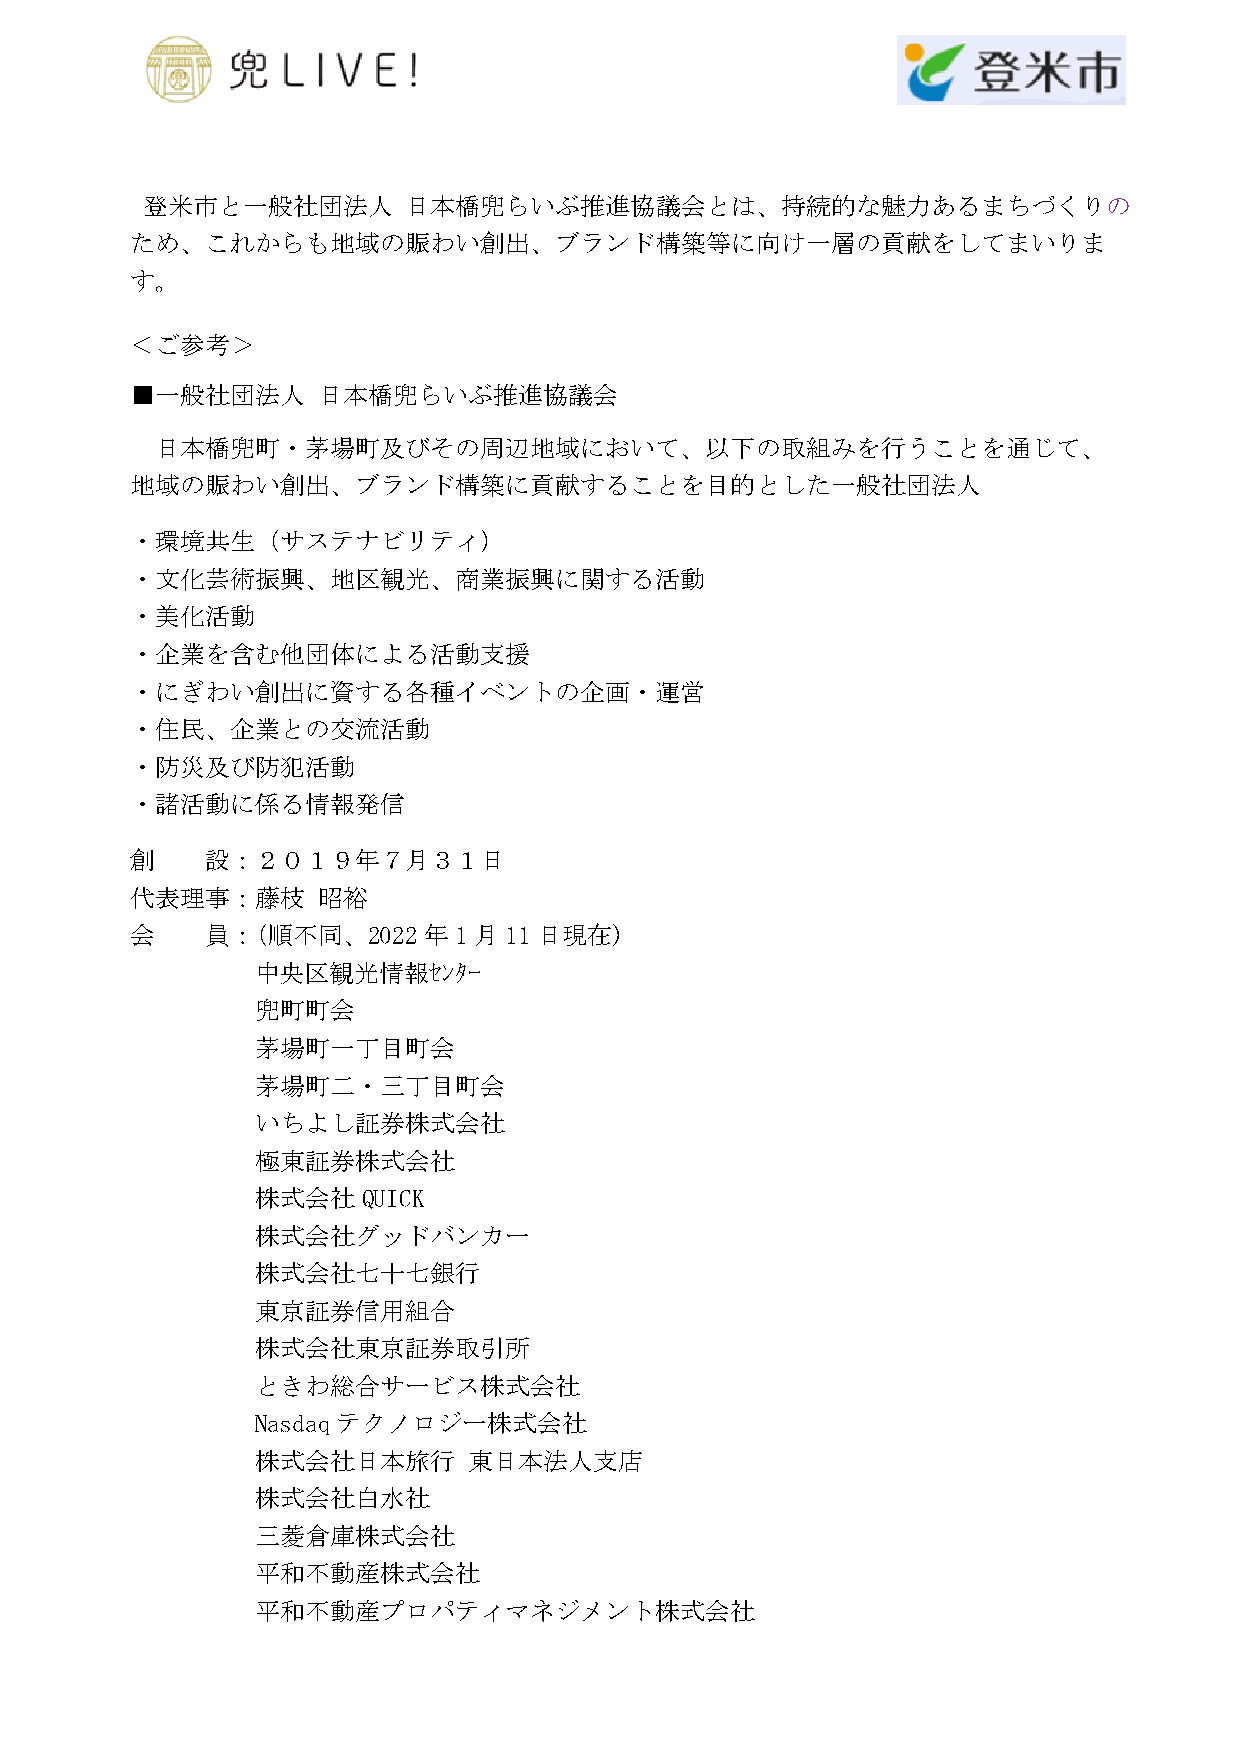
登米市と一般社団法人        日本橋兜らいぶ推進協議会とは、持続的な魅力あるまちづくりの
 ため、これからも地域の賑わい創出、ブランド構築等に向け一層の貢献をしてまいりま
 す。
 ＜ご参考＞
 ■一般社団法人     日本橋兜らいぶ推進協議会
 日本橋兜町・茅場町及びその周辺地域において、以下の取組みを行うことを通じて、
 地域の賑わい創出、ブランド構築に貢献することを目的とした一般社団法人
 ・環境共生（サステナビリティ）
 ・文化芸術振興、地区観光、商業振興に関する活動
 ・美化活動
 ・企業を含む他団体による活動支援
 ・にぎわい創出に資する各種イベントの企画・運営
 ・住民、企業との交流活動
 ・防災及び防犯活動
 ・諸活動に係る情報発信
 創    設：２０１９年７月３１日
 代表理事：藤枝     昭裕
 会    員：（順不同、2022   年1月11日現在)
 中央区観光情報ｾﾝﾀｰ
 兜町町会
 茅場町一丁目町会
 茅場町二・三丁目町会
 いちよし証券株式会社
 極東証券株式会社
 株式会社QUICK
 株式会社グッドバンカー
 株式会社七十七銀行
 東京証券信用組合
 株式会社東京証券取引所
 ときわ総合サービス株式会社
 Nasdaqテクノロジー株式会社
 株式会社日本旅行      東日本法人支店
 株式会社白水社
 三菱倉庫株式会社
 平和不動産株式会社
 平和不動産プロパティマネジメント株式会社